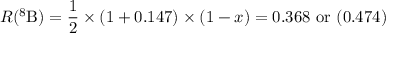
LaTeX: R ( ^ { 8 } \mathrm { B } ) = { \frac { 1 } { 2 } } \times ( 1 + 0 . 1 4 7 ) \times ( 1 - x ) = 0 . 3 6 8 \ \mathrm { o r } \ ( 0 . 4 7 4 )